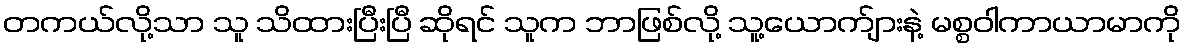
တကယ်လို့သာ သူ သိထားပြီးပြီ ဆိုရင် သူက ဘာဖြစ်လို့ သူ့ယောက်ျားနဲ့ မစ္စဝါကာယာမာကို